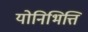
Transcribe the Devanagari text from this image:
योनिभित्ति